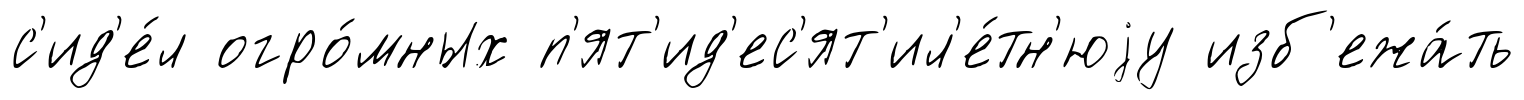
с'ид'е́л огро́мных п'ят'ид'ес'ят'ил'е́тн'юjу изб'ежа́ть